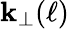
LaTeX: \mathbf{k_{\perp}}(\ell)